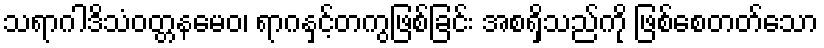
သရာဂါဒိသံဝတ္တနမေဝ၊ ရာဂနှင့်တကွဖြစ်ခြင်း အစရှိသည်ကို ဖြစ်စေတတ်သော